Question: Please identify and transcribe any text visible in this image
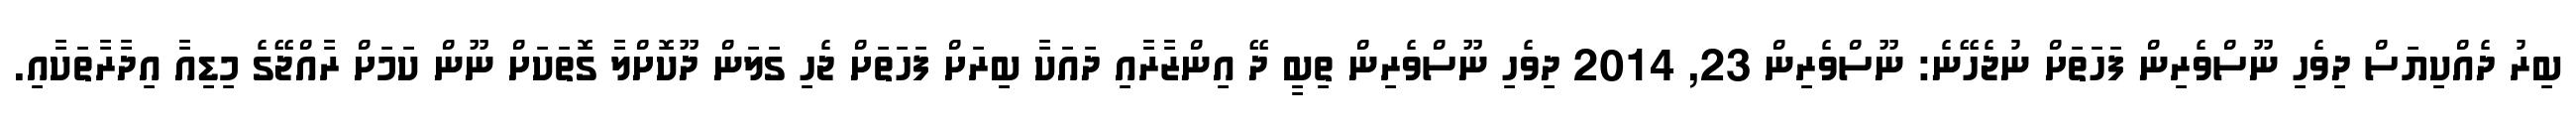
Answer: ބިރު ދެއްކިޔަސް ދިވެހި ނޫސްވެރިން ފަހަތަށް ނުޖެހޭނެ: ނޫސްވެރިން 23, 2014 ދިވެހި ނޫސްވެރިން ތިބީ ދޭ އިންޒާރާއި ދައަކާ ބިރަށް ފަހަތަށް ޖެހި ގަލަން ދޫކޮށްލާ ގޮތަކަށް ނޫން ކަމަށް ރާއްޖޭގެ މިޑިއާ އިދާރާތަކާއި.